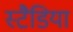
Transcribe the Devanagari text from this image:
स्टैडिया